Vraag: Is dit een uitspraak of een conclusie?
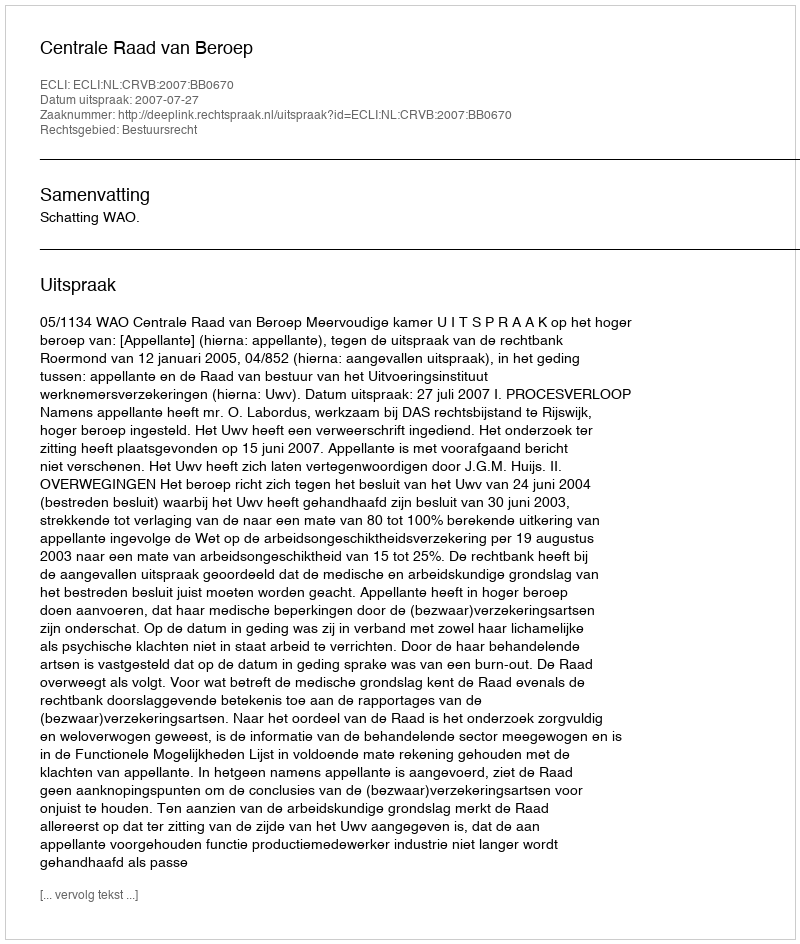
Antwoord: Uitspraak